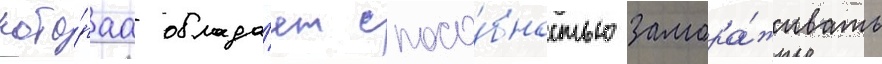
кото́раа облада́ет спосо́бностью замора́живать